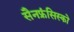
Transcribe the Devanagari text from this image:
सैनफ्रंसिस्को